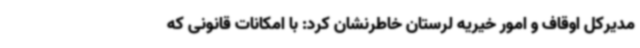
مدیرکل اوقاف و امور خیریه لرستان خاطرنشان کرد: با امکانات قانونی که